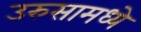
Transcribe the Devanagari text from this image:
उरुसामध्ये